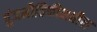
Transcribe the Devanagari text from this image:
पुंजभौतिकीमधील